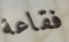
فقاعة